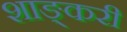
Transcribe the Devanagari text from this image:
शाङ्करी